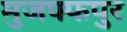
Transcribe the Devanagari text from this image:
मुजफ्फपुर